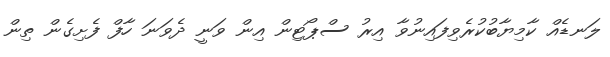
ލަނޑެއް ކާމިޔާބުކުރެވިފައިނުވާ އިރު ސްޕޯޓިން އިން ވަނީ ދެވަނަ ހާފް ފެށިގެން ތިން